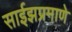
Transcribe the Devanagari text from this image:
साईझप्रमाणे